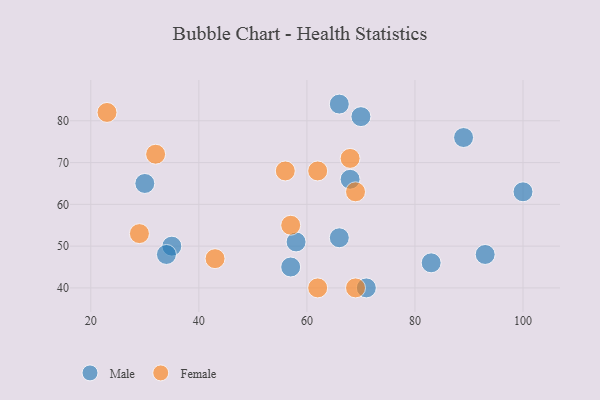
{"axis": {"x": "GDP", "y": "Life Expectancy"}, "legend": ["Female", "Male"], "data": [{"x": "57", "y": 45, "type": "Male"}, {"x": "35", "y": 50, "type": "Male"}, {"x": "30", "y": 65, "type": "Male"}, {"x": "68", "y": 66, "type": "Male"}, {"x": "34", "y": 48, "type": "Male"}, {"x": "83", "y": 46, "type": "Male"}, {"x": "58", "y": 51, "type": "Male"}, {"x": "71", "y": 40, "type": "Male"}, {"x": "66", "y": 52, "type": "Male"}, {"x": "100", "y": 63, "type": "Male"}, {"x": "66", "y": 84, "type": "Male"}, {"x": "89", "y": 76, "type": "Male"}, {"x": "70", "y": 81, "type": "Male"}, {"x": "93", "y": 48, "type": "Male"}, {"x": "62", "y": 68, "type": "Female"}, {"x": "57", "y": 55, "type": "Female"}, {"x": "32", "y": 72, "type": "Female"}, {"x": "23", "y": 82, "type": "Female"}, {"x": "62", "y": 40, "type": "Female"}, {"x": "43", "y": 47, "type": "Female"}, {"x": "29", "y": 53, "type": "Female"}, {"x": "69", "y": 63, "type": "Female"}, {"x": "56", "y": 68, "type": "Female"}, {"x": "69", "y": 40, "type": "Female"}, {"x": "68", "y": 71, "type": "Female"}]}